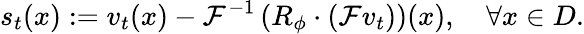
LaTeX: s_{t}(x):=v_{t}(x)-\mathcal{F}^{-1}\left(R_{\phi}\cdot\left(\mathcal{F}v_{t}\right)\right)(x),\quad\forall x\in D.